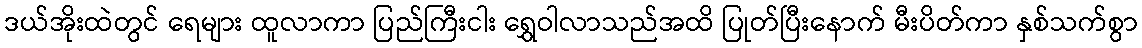
ဒယ်အိုးထဲတွင် ရေများ ထူလာကာ ပြည်ကြီးငါး ရွှေဝါလာသည်အထိ ပြုတ်ပြီးနောက် မီးပိတ်ကာ နှစ်သက်စွာ